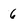
Character: 6